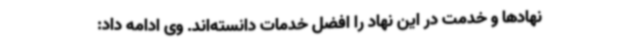
نهادها و خدمت در این نهاد را افضل خدمات دانسته‌اند. وی ادامه داد: